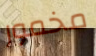
مخمور